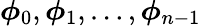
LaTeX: \boldsymbol{\phi}_{0},\boldsymbol{\phi}_{1},\ldots,\boldsymbol{\phi}_{n-1}